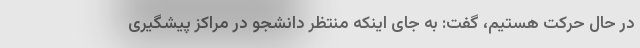
در حال حرکت هستیم، گفت: به جای اینکه منتظر دانشجو در مراکز پیشگیری